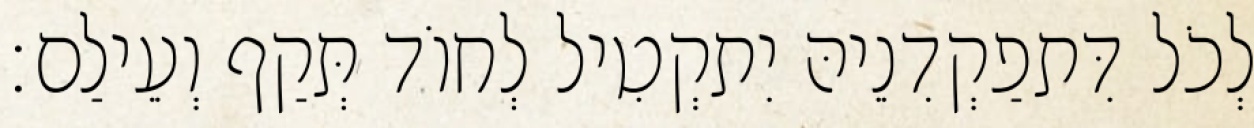
לְכֹל דִּתפַקְדִנֵיהּ יִתקְטִיל לְחוֹד תְּקַף וְעֵילַם׃